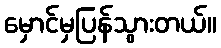
မှောင်မှပြန်သွားတယ်။